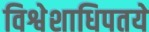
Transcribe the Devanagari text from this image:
विश्वेशाधिपतये